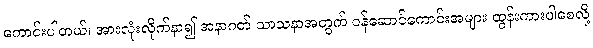
ကောင်းပါတယ်၊ အားလုံးလိုက်နာ၍ အနာဂတ် သာသနာအတွက် ဝန်ဆောင်ကောင်းအများ ထွန်းကားပါစေလို့